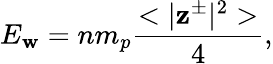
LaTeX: E_{\mathbf{w}}=nm_{p}\frac{{<|\mathbf{{z}}^{\pm}|^{2}>}}{{4}},